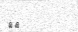
٢٠